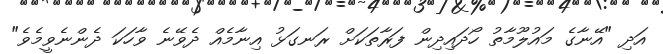
އަދި "އޭނާގެ މައުލޫމާތު ހޯދައިދިން ފަރާތަކަށް ރަނގަޅު އިނާމެއް ދެވޭނެ ވާހަކަ ދެންނެވީމެވެ"